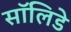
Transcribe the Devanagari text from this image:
सॉलिडे